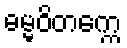
ဓမ္မဝိတက္ကေ